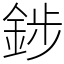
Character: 䤮